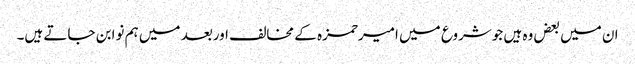
ان میں بعض وہ ہیں جوشروع میں امیرحمزہ کے مخالف اوربعد میں ہم نوابن جاتے ہیں۔